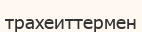
трахеиттермен